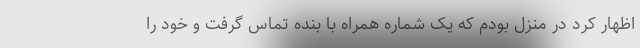
اظهار کرد در منزل بودم که یک شماره همراه با بنده تماس گرفت و خود را